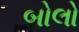
બોલો